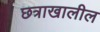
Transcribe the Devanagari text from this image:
छत्राखालील